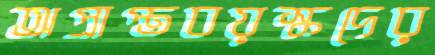
অপ্রাপ্তবয়স্কদের